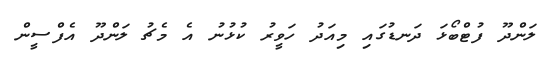
ލަންދޫ ފުޓްބޯޅަ ދަނޑުގައި މިއަދު ހަވީރު ކުޅުނު އެ މެޗު ލަންދޫ އެފްސީން